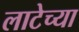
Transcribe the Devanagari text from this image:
लाटेच्या